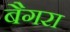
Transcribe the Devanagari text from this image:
बैगरा